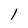
Character: l